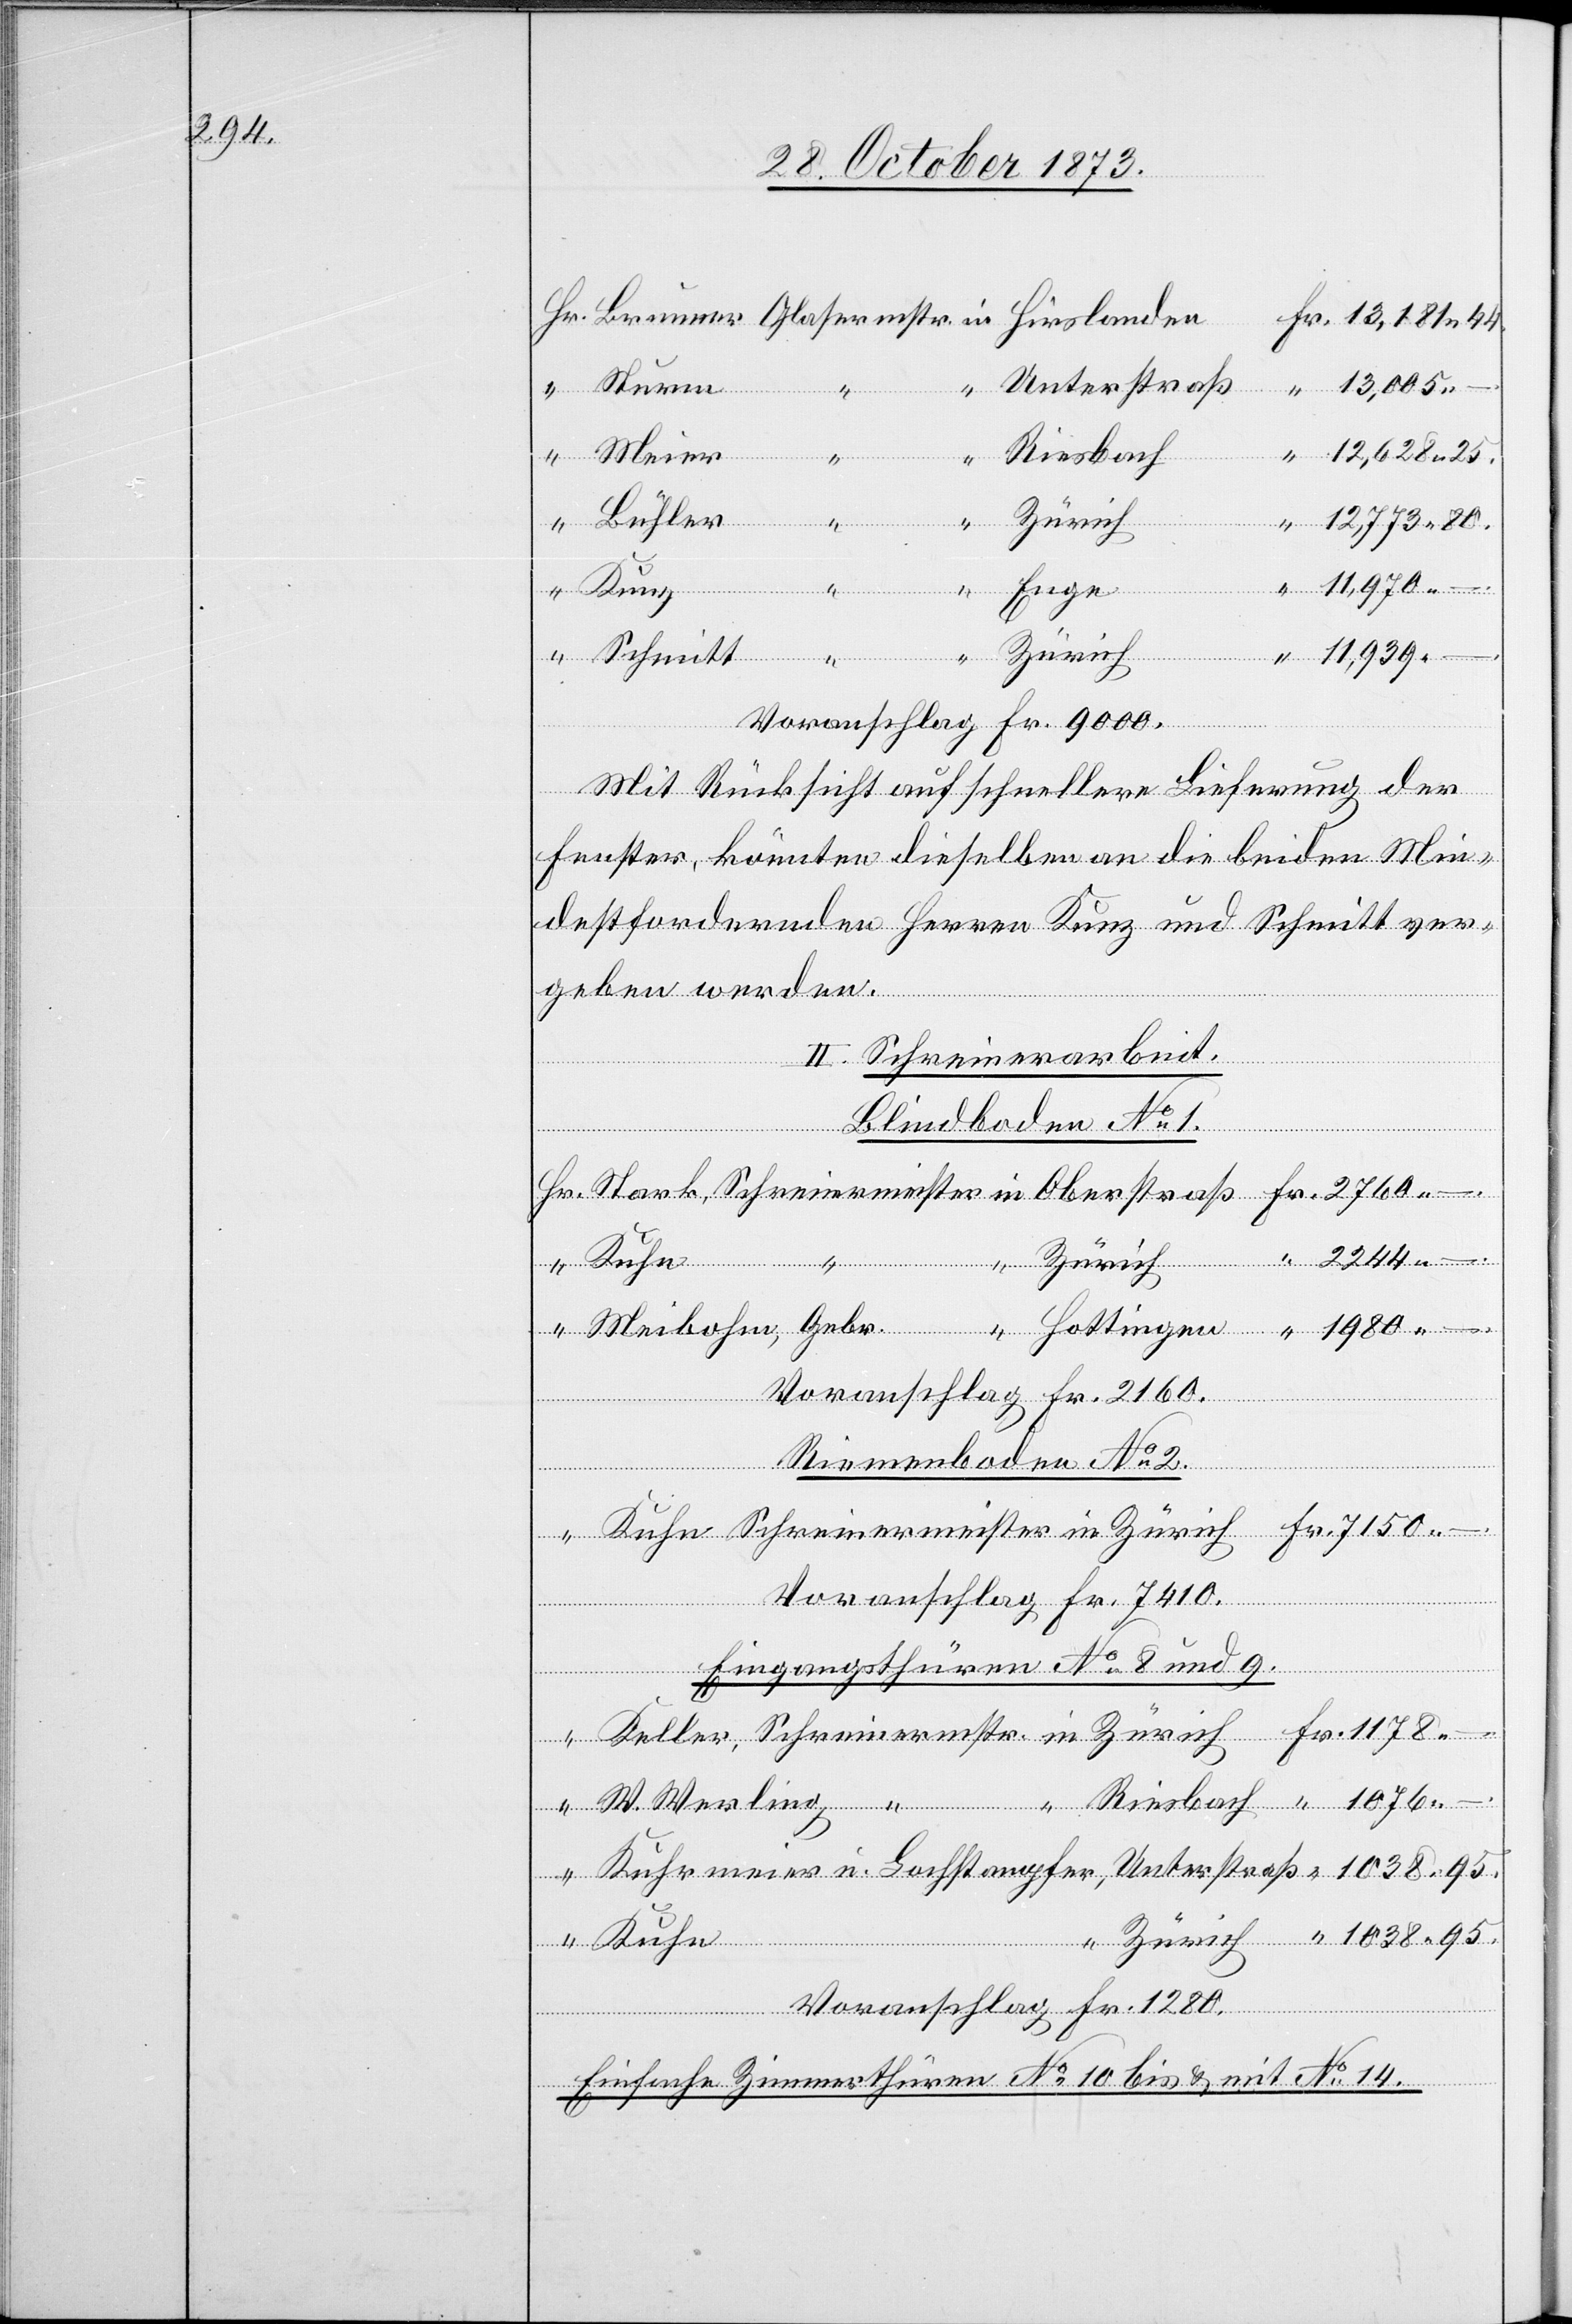
244

Unterstraß
Riesbach
Kuhrmeier
Bühler
Zürich
95.
Enge
11,970 –.
Kunz
u.
Voranschlag Fr. 9 000.
Mit Rücksicht auf schnellere Lieferung der
Fenster, könnten dieselben an die beiden Min¬
destfordernden Herren Kunz und Schmitt ver¬
geben werden.
in
II. Schreinerarbeit.
“
Blindboden No 1.
Kuhn “
Voranschlag Fr. 2 160.
Kuhn
Riemenboden No 2.
Werling
Voranschlag Fr. 7 410.
Eingangsthüren No 8 und 9.
95.
Sturm
Voranschlag Fr. 1 280.
Einfache Zimmerthüren No 10 bis & mit No 14.